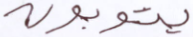
يتوبون